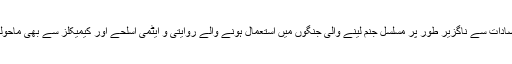
دو عالمی جنگوں سمیت اس نظام کے تضادات سے ناگزیر طور پر مسلسل جنم لینے والی جنگوں میں استعمال ہونے والے روایتی و ایٹمی اسلحے اور کیمیکلز سے بھی ماحولیات کو ناقابل تلافی نقصان پہنچ رہا ہے۔